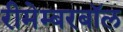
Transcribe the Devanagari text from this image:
रीमेम्बरबॉल